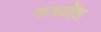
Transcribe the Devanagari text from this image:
ऊर्ध्वोष्ठ